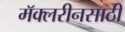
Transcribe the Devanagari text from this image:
मॅक्लरीनसाठी